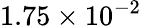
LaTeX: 1.75\times 10^{-2}